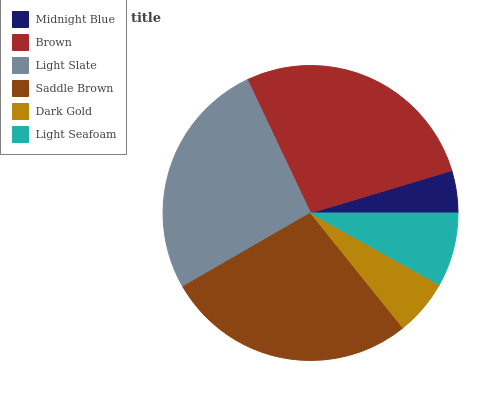
| Midnight Blue | Brown | Light Slate | Saddle Brown | Dark Gold | Light Seafoam |
 | --- | --- | --- | --- | --- | --- |
 | 4.64% | 27.4% | 26.3% | 27.4% | 6.14% | 8.1% |